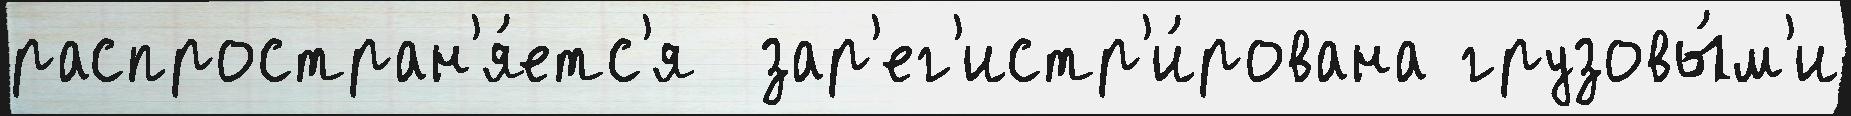
распростран'я́етс'я  зар'ег'истр'и́рована грузовы́м'и